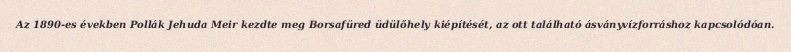
Az 1890-es években Pollák Jehuda Meir kezdte meg Borsafüred üdülőhely kiépítését, az ott található ásványvízforráshoz kapcsolódóan.